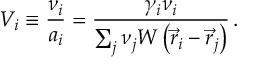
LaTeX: V _ { i } \equiv \frac { \nu _ { i } } { a _ { i } } = \frac { \gamma _ { i } \nu _ { i } } { \sum _ { j } \nu _ { j } W \left( \vec { r } _ { i } - \vec { r } _ { j } \right) } \, .